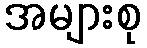
အများစု